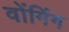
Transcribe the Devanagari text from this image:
वोंगिंग